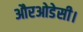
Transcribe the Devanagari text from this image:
औरओडेसी।